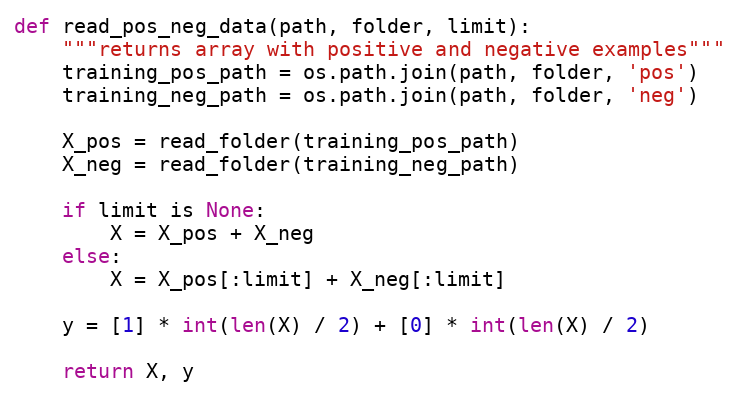
Language: Python
def read_pos_neg_data(path, folder, limit):
    """returns array with positive and negative examples"""
    training_pos_path = os.path.join(path, folder, 'pos')
    training_neg_path = os.path.join(path, folder, 'neg')

    X_pos = read_folder(training_pos_path)
    X_neg = read_folder(training_neg_path)

    if limit is None:
        X = X_pos + X_neg
    else:
        X = X_pos[:limit] + X_neg[:limit]

    y = [1] * int(len(X) / 2) + [0] * int(len(X) / 2)

    return X, y